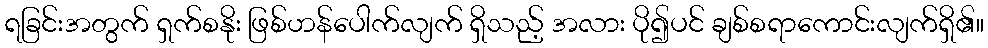
ရခြင်းအတွက် ရှက်စနိုး ဖြစ်ဟန်ပေါက်လျက် ရှိသည့် အလား ပို၍ပင် ချစ်စရာကောင်းလျက်ရှိ၏။